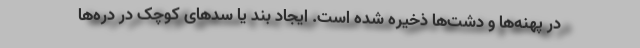
در پهنه‌ها و دشت‌ها ذخیره شده است. ایجاد بند یا سدهای کوچک در دره‌ها